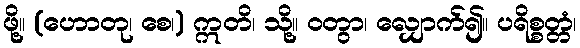
ဖို့။ (ဟောတု၊ စေ၊) ဣတိ၊ သို့။ ဝတွာ၊ လျှောက်၍။ ပရိစ္စတ္တံ၊